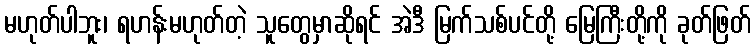
မဟုတ်ပါဘူး၊ ရဟန်းမဟုတ်တဲ့ သူတွေမှာဆိုရင် အဲဒီ မြက်သစ်ပင်တို့ မြေကြီးတို့ကို ခုတ်ဖြတ်